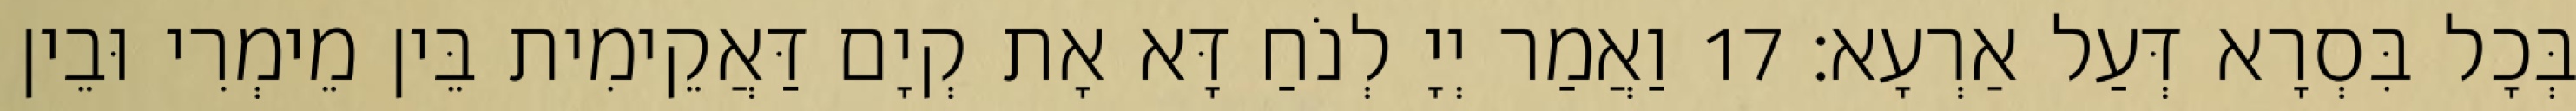
בְּכָל בִּסְרָא דְּעַל אַרְעָא׃ 17 וַאֲמַר יְיָ לְנֹחַ דָּא אָת קְיָם דַּאֲקֵימִית בֵּין מֵימְרִי וּבֵין